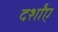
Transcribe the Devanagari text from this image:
दर्शांए